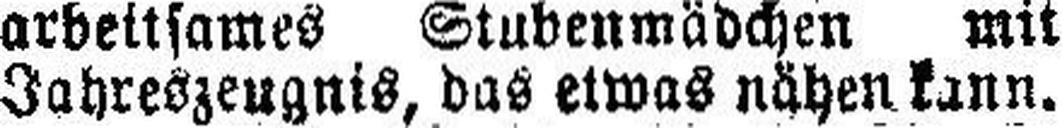
Jahreszeugnis, das etwas nähen kann.